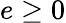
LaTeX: e\geq 0